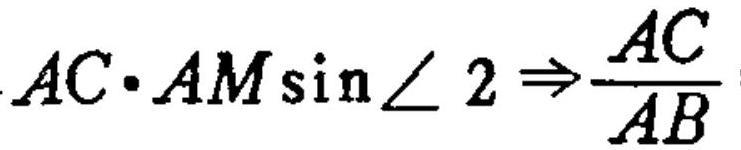
\(AC\cdot AM\sin\angle 2\Rightarrow\frac{AC}{AB}\)